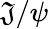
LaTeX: \mathfrak{J}/\psi